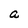
Character: a